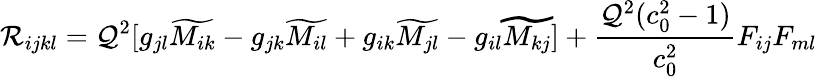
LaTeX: \mathcal{R}_{ijkl}=\mathcal{Q}^{2}[g_{jl}\widetilde{{M_{ik}}}-g_{jk}\widetilde{{M_{il}}}+g_{ik}\widetilde{{M_{jl}}}-g_{il}\widetilde{{M_{kj}}}]+{\frac{{\mathcal{Q}^{2}(c_{0}^{2}-1)}}{{c_{0}^{2}}}}F_{ij}F_{ml}